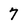
Character: 7